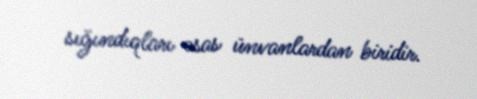
sığındıqları əsas ünvanlardan biridir.